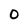
Character: O